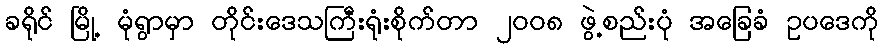
ခရိုင် မြို့ မုံရွာမှာ တိုင်းဒေသကြီးရုံးစိုက်တာ ၂ဝဝ၈ ဖွဲ့စည်းပုံ အခြေခံ ဥပဒေကို